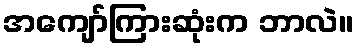
အကျော်ကြားဆုံးက ဘာလဲ။